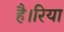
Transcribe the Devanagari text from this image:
है।रिया